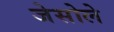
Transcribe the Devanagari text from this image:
जेसोले